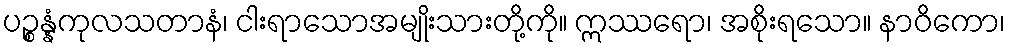
ပဉ္စန္နံကုလသတာနံ၊ ငါးရာသောအမျိုးသားတို့ကို။ ဣဿရော၊ အစိုးရသော။ နာဝိကော၊